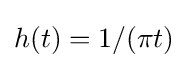
h(t)=1/(\pi t)